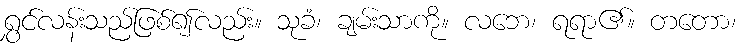
ရွှင်လန်းသည်ဖြစ်၍လည်း။ သုခံ၊ ချမ်းသာကို။ လဘေ၊ ရရာ၏။ တတော၊